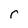
Character: r